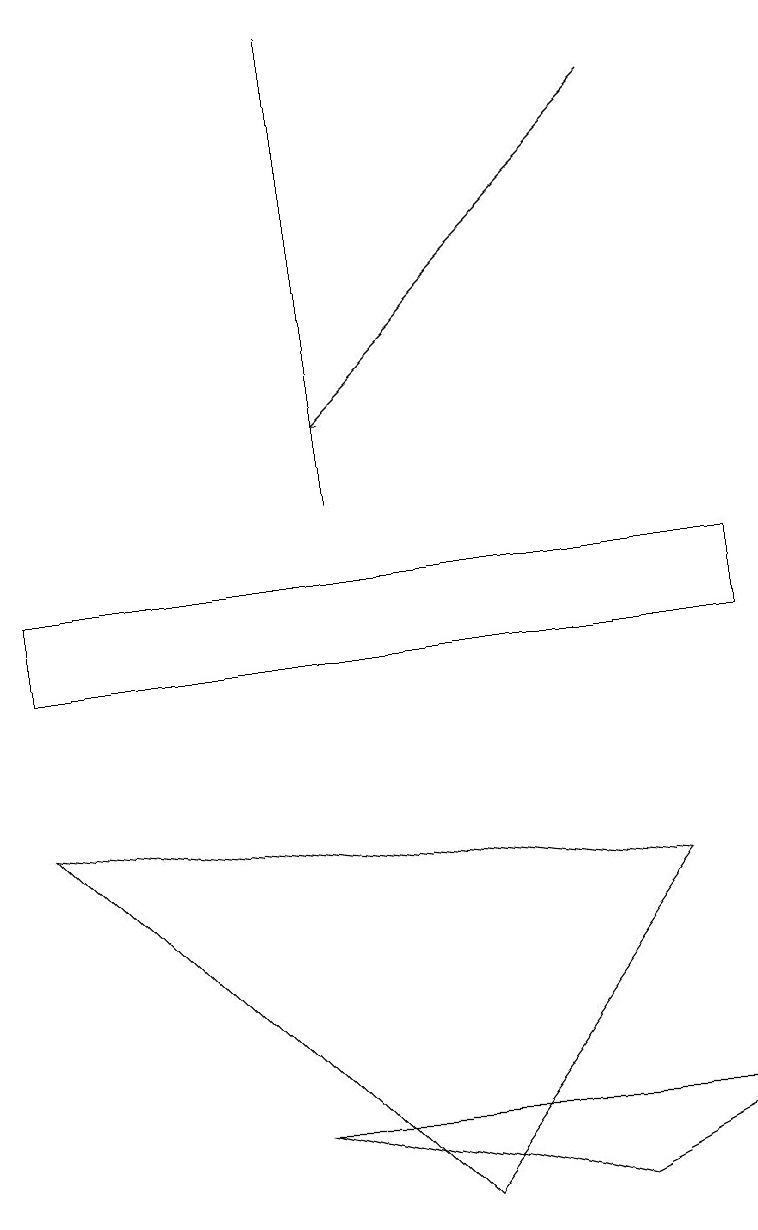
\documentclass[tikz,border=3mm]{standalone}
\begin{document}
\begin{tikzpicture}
\draw[->] (8,17) -- (4,13);
\draw (3,4) -- (9,4) -- (7,3) -- cycle;
\draw (0,10) rectangle (9,11);
\draw (4,18) rectangle (4,12);
\draw (0,8) -- (8,7) -- (5,3) -- cycle;
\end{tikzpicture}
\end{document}